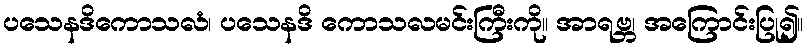
ပသေနဒိကောသလံ၊ ပသေနဒိ ကောသလမင်းကြီးကို။ အာရဗ္ဘ၊ အကြောင်းပြု၍။